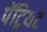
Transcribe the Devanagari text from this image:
पॅट्रियट